Annual statistical returns and brief notes on vaccination in Bengal - 1896-1909
Year: 1896
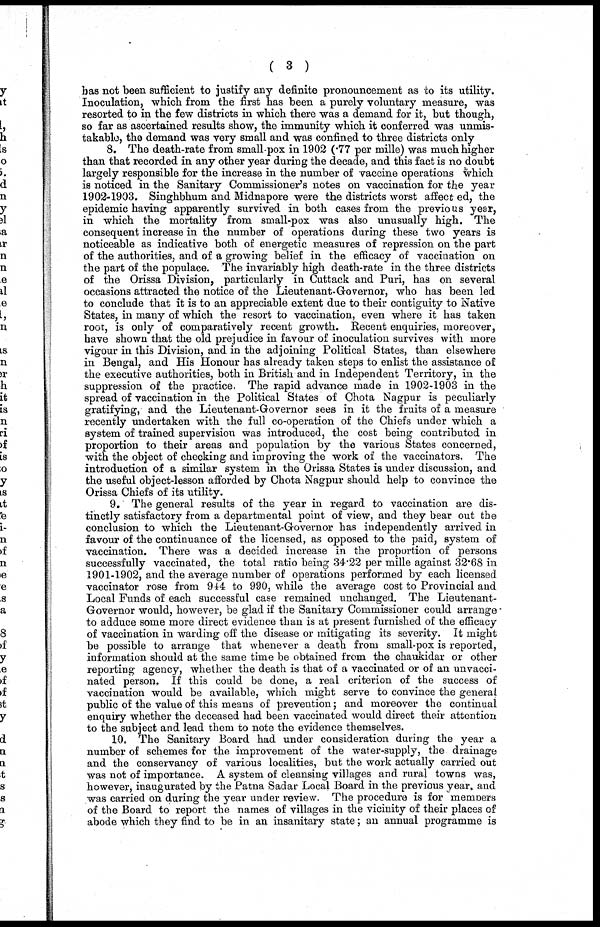
( 3 )
has not been sufficient to justify any definite pronouncement as to its utility.
Inoculation, which from the first has been a purely voluntary measure, was
resorted to in the few districts in which there was a demand for it, but though,
so far as ascertained results show, the immunity which it conferred was unmis-
takable, the demand was very small and was confined to three districts only
8. The death-rate from small-pox in 1902 (.77 per mille) was much higher
than that recorded in any other year during the decade, and this fact is no doubt
largely responsible for the increase in the number of vaccine operations which
is noticed in the Sanitary Commissioner's notes on vaccination for the year
1902-1903. Singhbhum and Midnapore were the districts worst affect ed, the
epidemic having apparently survived in both cases from the previous year,
in which the mortality from small-pox was also unusually high. The
consequent increase in the number of operations during these two years is
noticeable as indicative both of energetic measures of repression on the part
of the authorities, and of a growing belief in the efficacy of vaccination on
the part of the populace. The invariably high death-rate in the three districts
of the Orissa Division, particularly in Cuttack and Puri, has on several
occasions attracted the notice of the Lieutenant-Governor, who has been led
to conclude that it is to an appreciable extent due to their contiguity to Native
States, in many of which the resort to vaccination, even where it has taken
root, is only of comparatively recent growth. Recent enquiries, moreover,
have shown that the old prejudice in favour of inoculation survives with more
vigour in this Division, and in the adjoining Political States, than elsewhere
in Bengal, and His Honour has already taken steps to enlist the assistance of
the executive authorities, both in British and in Independent Territory, in the
suppression of the practice. The rapid advance made in 1902-1903 in the
spread of vaccination in the Political States of Chota Nagpur is peculiarly
gratifying, and the Lieutenant-Governor sees in it the fruits of a measure
recently undertaken with the full co-operation of the Chiefs under which a
system of trained supervision was introduced, the cost being contributed in
proportion to their areas and population by the various States concerned,
with the object of checking and improving the work of the vaccinators. The
introduction of a similar system in the Orissa States is under discussion, and
the useful object-lesson afforded by Chota Nagpur should help to convince the
Orissa Chiefs of its utility.
9. The general results of the year in regard to vaccination are dis-
tinctly satisfactory from a departmental point of view, and they bear out the
conclusion to which the Lieutenant-Governor has independently arrived in
favour of the continuance of the licensed, as opposed to the paid, system of
vaccination. There was a decided increase in the proportion of persons
successfully vaccinated, the total ratio being 34.22 per mille against 32.68 in
1901-1902, and the average number of operations performed by each licensed
vaccinator rose from 944 to 990, while the average cost to Provincial and
Local Funds of each successful case remained unchanged. The Lieutenant-
Governor would, however, be glad if the Sanitary Commissioner could arrange
to adduce some more direct evidence than is at present furnished of the efficacy
of vaccination in warding off the disease or mitigating its severity. It might
be possible to arrange that whenever a death from small-pox is reported,
information should at the same time be obtained from the chaukidar or other
reporting agency, whether the death is that of a vaccinated or of an unvacci-
nated person. If this could be done, a real criterion of the success of
vaccination would be available, which might serve to convince the general
public of the value of this means of prevention; and moreover the continual
enquiry whether the deceased had been vaccinated would direct their attention
to the subject and lead them to note the evidence themselves.
10. The Sanitary Board had under consideration during the year a
number of schemes for the improvement of the water-supply, the drainage
and the conservancy of various localities, but the work actually carried out
was not of importance. A system of cleansing villages and rural towns was,
however, inaugurated by the Patna Sadar Local Board in the previous year, and
was carried on during the year under review. The procedure is for members
of the Board to report the names of villages in the vicinity of their places of
abode which they find to be in an insanitary state; an annual programme is